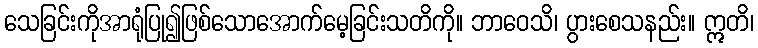
သေခြင်းကိုအာရုံပြု၍ဖြစ်သောအောက်မေ့ခြင်းသတိကို။ ဘာဝေသိ၊ ပွားစေသနည်း။ ဣတိ၊